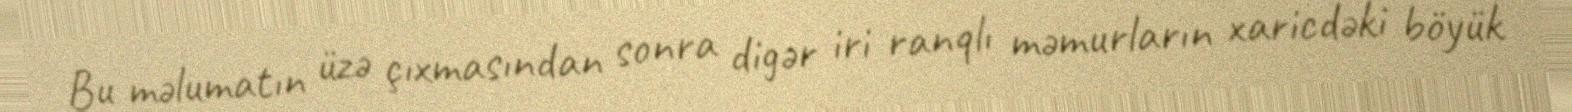
Bu məlumatın üzə çıxmasından sonra digər iri ranqlı məmurların xaricdəki böyük